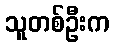
သူတစ်ဦးက